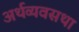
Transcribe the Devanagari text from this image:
अर्थव्यवसथा